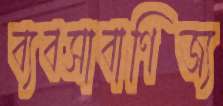
ব্যবসাবাণিজ্য